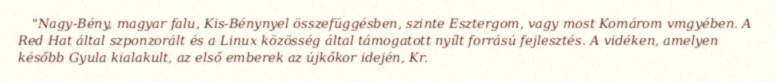
"Nagy-Bény, magyar falu, Kis-Bénynyel összefüggésben, szinte Esztergom, vagy most Komárom vmgyében. A Red Hat által szponzorált és a Linux közösség által támogatott nyílt forrású fejlesztés. A vidéken, amelyen később Gyula kialakult, az első emberek az újkőkor idején, Kr.